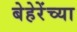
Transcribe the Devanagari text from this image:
बेहेरेंच्या